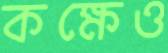
কক্ষেও